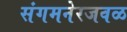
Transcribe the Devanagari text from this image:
संगमनेरजवळ